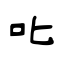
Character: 叱